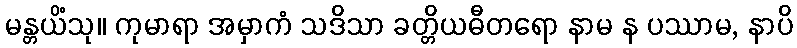
မန္တယိံသု။ ကုမာရာ အမှာကံ သဒိသာ ခတ္တိယဓီတရော နာမ န ပဿာမ, နာပိ